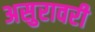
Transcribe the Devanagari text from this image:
असुरावरी